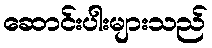
ဆောင်းပါးများသည်